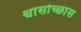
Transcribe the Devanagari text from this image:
श्वासोच्छास